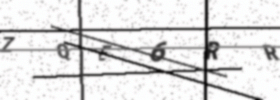
Text: ZQE6RR